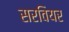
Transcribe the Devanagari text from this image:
सरवियर